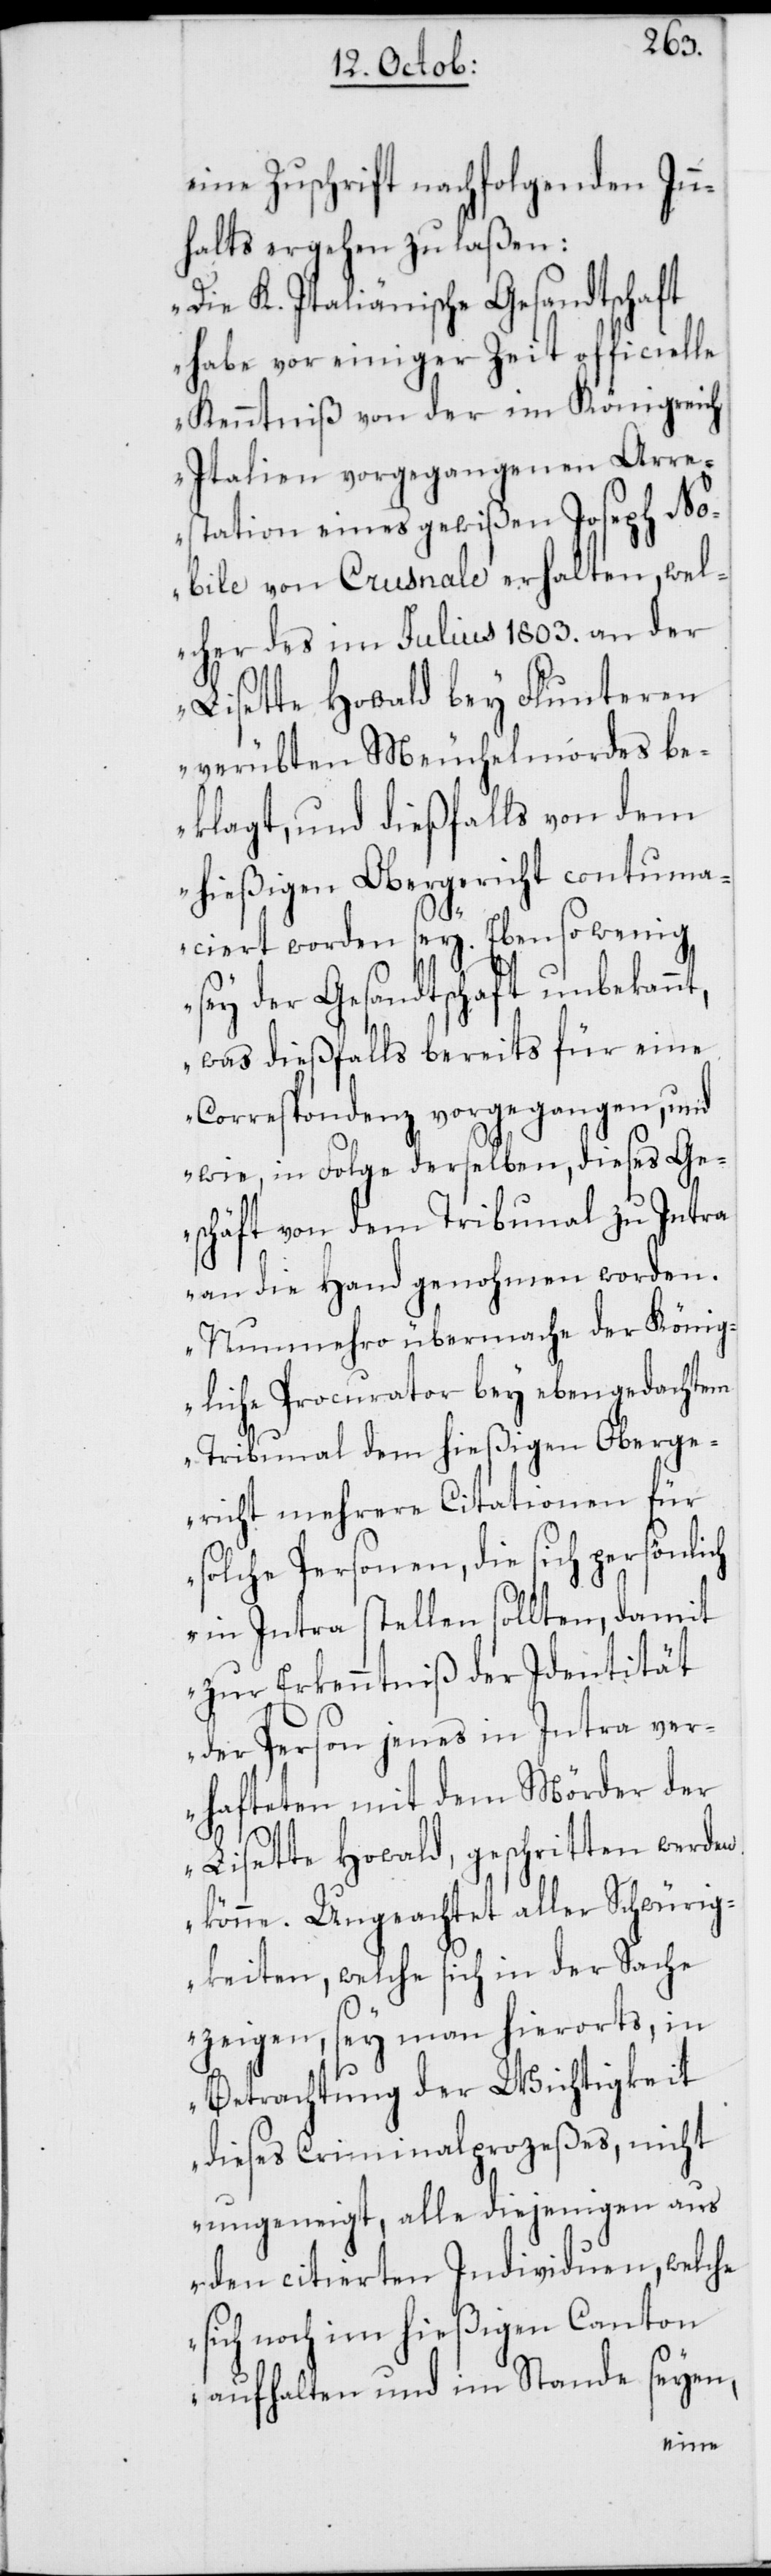
eine Zuschrift nachfolgenden Inn¬
halts ergehen zu laßen:
„Die K. Italiänische Gesandtschaft
habe vor einiger Zeit officielle
Kenntniß von der im Königreich
Italien vorgegangenen Arre¬
station eines gewißen Joseph No¬
bile von Crusnale erhalten, wel¬
cher des im Julius 1803. an der
Lisette Howald bey Flunteren
verübten Meuchelmordes be¬
klagt, und dießfalls von dem
hießigen Obergericht contuma¬
ciert worden sey. Ebenso wenig
sey der Gesandtschaft unbekannt,
was dießfalls bereits für eine
Correspondenz vorgegangen, und
wie, in Folge derselben, dieses Ge¬
schäft von dem Tribunal zu Intra
an die Hand genohmen worden.
Nunmehro übermache der König¬
liche Procurathor bey eben gedachtem
Tribunal dem hießigen Oberge¬
richt mehrere Citationen für
solche Personen, die sich persönlich
in Intra stellen sollten, damit
zur Erkenntniß der Identität
der Person jenes in Intra ve¬
rhafteten mit dem Mörder der
Lisette Howald, geschritten werden
könne. Ungeachtet aller Schwürig¬
keiten, welche sich in der Sache
zeigen, sey man hierorts, in
Betrachtung der Wichtigkeit
dieses Criminalprozeßes, nicht
ungeneigt, alle diejenigen aus
den citierten Individuen, welche
sich noch im hießigen Canton
aufhalten und im Stande seyen,